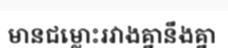
មានជម្លោះរវាងគ្នានឹងគ្នា